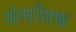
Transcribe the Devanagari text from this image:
संगतिक